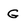
Character: G